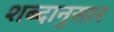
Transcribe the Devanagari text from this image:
शब्दानुसार